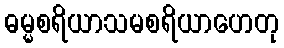
ဓမ္မစရိယာသမစရိယာဟေတု